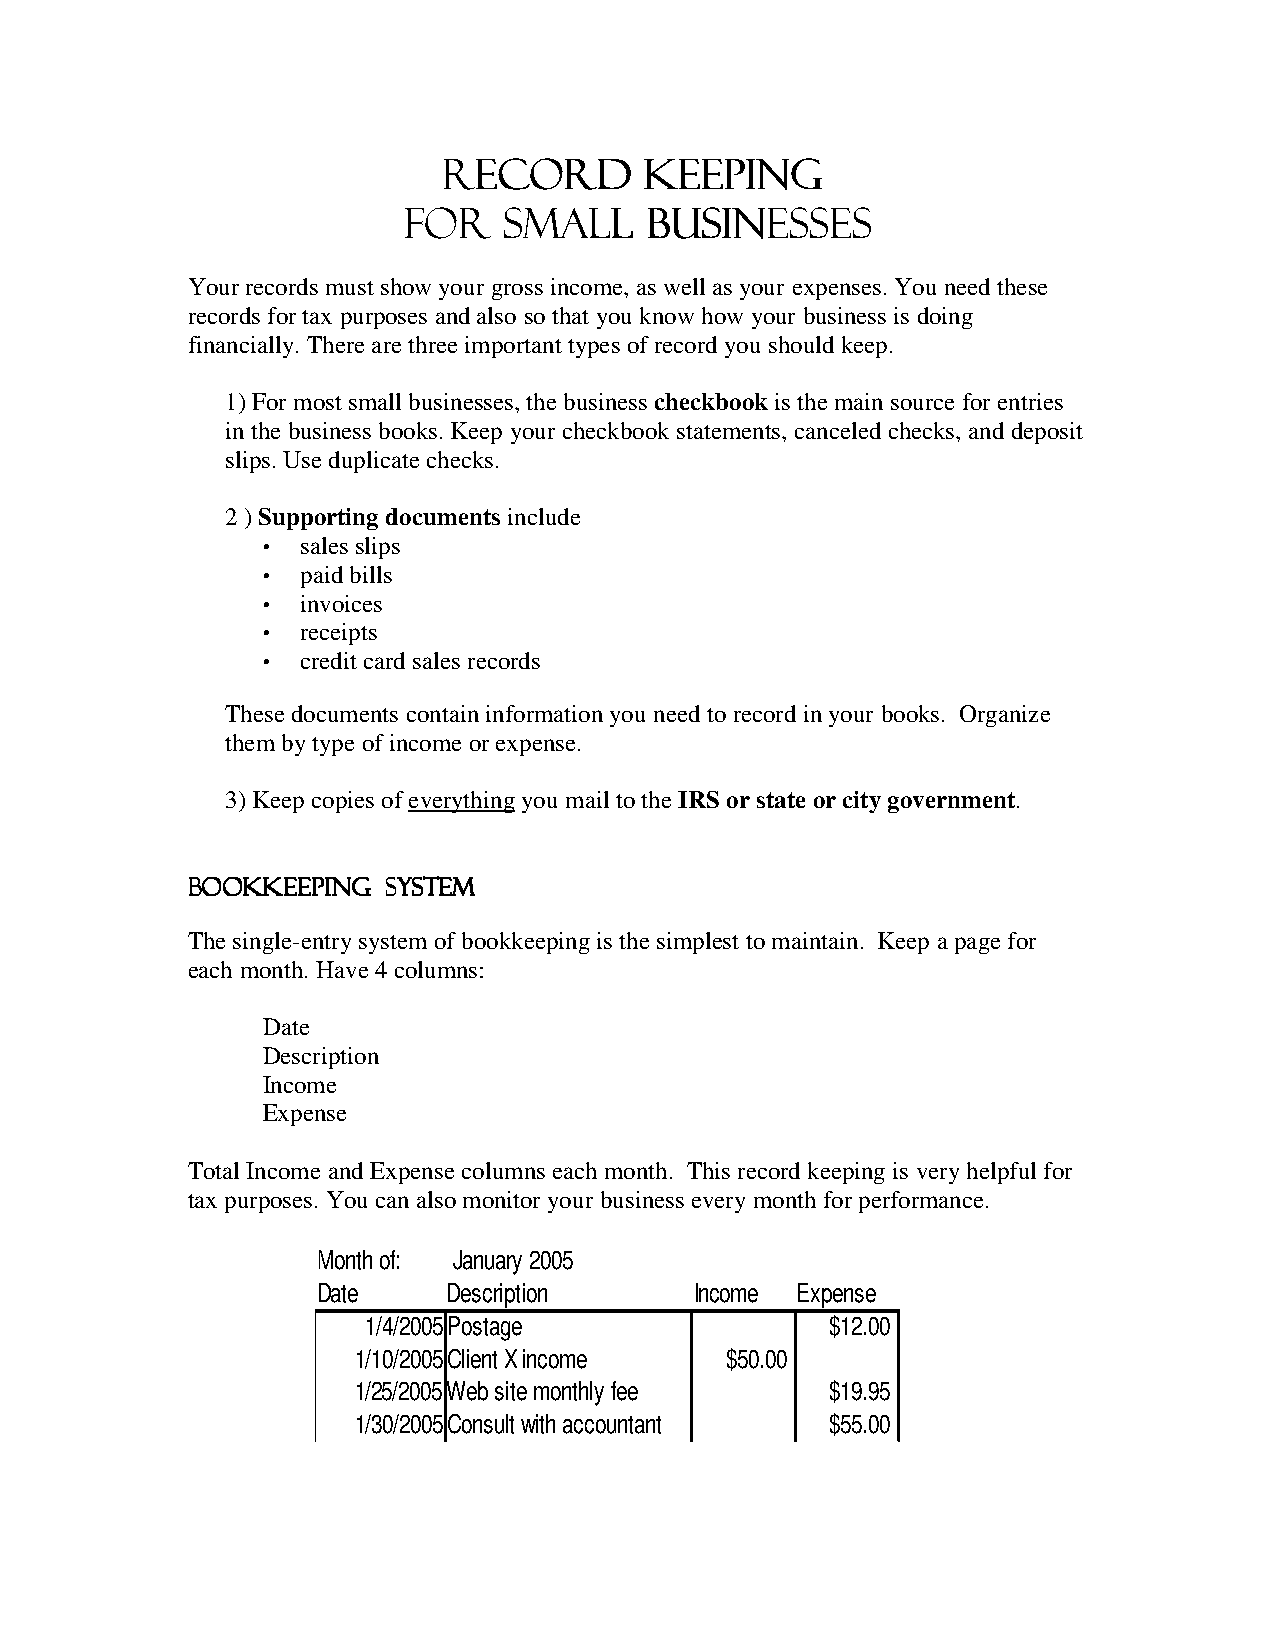
RRRReeeeccccoooorrrrdddd kkkkeeeeeeeeppppiiiinnnngggg
 ffffoooorrrr SSSSmmmmaaaallllllll BBBBuuuussssiiiinnnneeeesssssssseeeessss
 Your records must show your gross income, as well as your expenses. You need these
 records for tax purposes and also so that you know how your business is doing
 financially. There are three important types of record you should keep.
 1) For most small businesses, the business checkbook is the main source for entries
 in the business books. Keep your checkbook statements, canceled checks, and deposit
 slips. Use duplicate checks.
 2 ) Supporting documents include
 •  sales slips
 •  paid bills
 •  invoices
 •  receipts
 •  credit card sales records
 These documents contain information you need to record in your books. Organize
 them by type of income or expense.
 3) Keep copies of everything you mail to the IRS or state or city government.
 BBBBooooooookkkkkkkkeeeeeeeeppppiiiinnnngggg SSSSyyyysssstttteeeemmmm
 The single-entry system of bookkeeping is the simplest to maintain. Keep a page for
 each month. Have 4 columns:
 Date
 Description
 Income
 Expense
 Total Income and Expense columns each month. This record keeping is very helpful for
 tax purposes. You can also monitor your business every month for performance.
 Month of: January 2005
 Date     Description     Income Expense
 1/4/2005Postage                $12.00
 1/10/2005Client X income $50.00
 1/25/2005Web site monthly fee   $19.95
 1/30/2005Consult with accountant $55.00